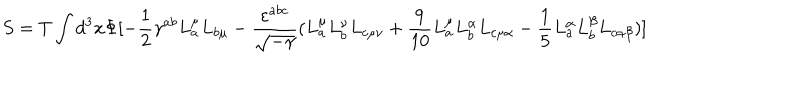
S = T \int d ^ { 3 } x \Phi [ - \frac { 1 } { 2 } \gamma ^ { a b } L _ { a } ^ { \mu } L _ { b \mu } - \frac { \varepsilon ^ { a b c } } { \sqrt { - \gamma } } ( L _ { a } ^ { \mu } L _ { b } ^ { \nu } L _ { c \mu \nu } + \frac { 9 } { 1 0 } L _ { a } ^ { \mu } L _ { b } ^ { \alpha } L _ { c \mu \alpha } - \frac { 1 } { 5 } L _ { a } ^ { \alpha } L _ { b } ^ { \beta } L _ { c \alpha \beta } ) ]